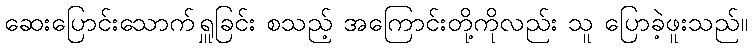
ဆေးပြောင်းသောက်ရှူခြင်း စသည့် အကြောင်းတို့ကိုလည်း သူ ပြောခဲ့ဖူးသည်။